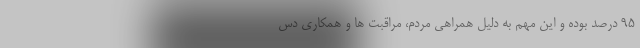
۹۵ درصد بوده و این مهم به دلیل همراهی مردم، مراقبت ها و همکاری دس